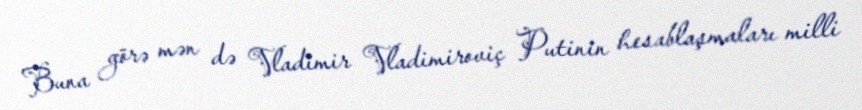
Buna görə mən də Vladimir Vladimiroviç Putinin hesablaşmaları milli